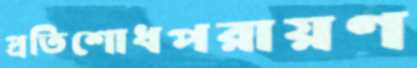
প্রতিশোধপরায়ণ